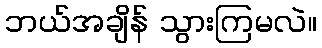
ဘယ်အချိန် သွားကြမလဲ။